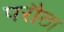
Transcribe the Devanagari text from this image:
परौठा